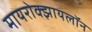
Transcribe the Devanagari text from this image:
मायरोक्झायलॉन